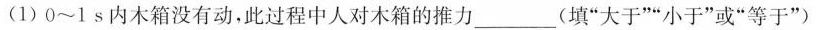
(1)0~1s内木箱没有动，此过程中人对木箱的推力___(填”大于””小于”或”等于”)